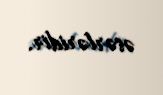
əsərləridir.